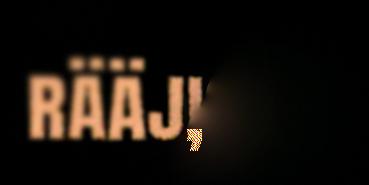
rääjist,